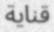
قناية